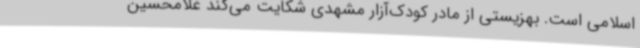
اسلامی است. بهزیستی از مادر کودک‌آزار مشهدی شکایت می‌کند غلامحسین